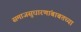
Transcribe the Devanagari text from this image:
समाजसुधारणांबाबतच्या